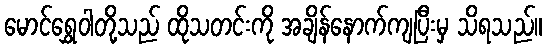
မောင်ရွှေဝါတို့သည် ထိုသတင်းကို အချိန်နောက်ကျပြီးမှ သိရသည်။